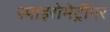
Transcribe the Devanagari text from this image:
स्पाइरोमेट्रीपर